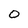
Character: 0